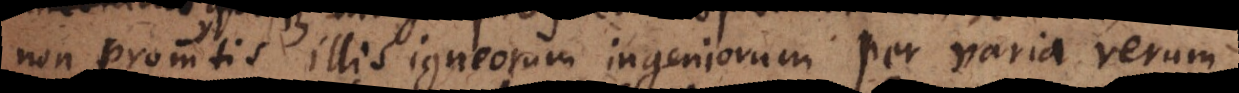
non promtis illis igneorum ingeniorum per varia rerum